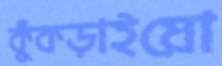
কুঁকড়াইয়ো